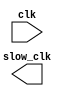
`timescale 1ns / 1ps
//////////////////////////////////////////////////////////////////////////////////
// Company: 
// Engineer: 
// 
// Design Name: 
// Module Name: clk_div_2
// Project Name: 
// Target Devices: 
// Tool Versions: 
// Description: 
// 
// Dependencies: 
// 
// Revision:
// Revision 0.01 - File Created
// Additional Comments:
// 
//////////////////////////////////////////////////////////////////////////////////


module clk_div_2(
    input clk,
    output slow_clk
    );
    
    //  creates a 50% duty cycle clock.
    //  period 2s, so 1s on, 1s off
    
endmodule